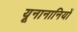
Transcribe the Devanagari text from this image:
यूनानानियों